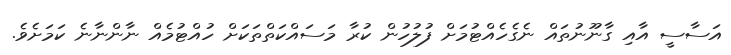
އަސާސީ އާއި ގާނޫނުތައް ނެގެހެއްޓުމަށް ފުލުހުން ކުރާ މަސައްކަތްތަކަށް ހުއްޓުމެއް ނާންނާނެ ކަމަށެވެ.